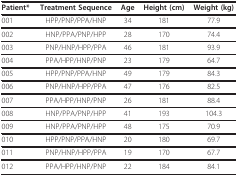
<table><thead><tr><td><b>Patient*</b></td><td><b>Treatment Sequence</b></td><td><b>Age</b></td><td><b>Height (cm)</b></td><td><b>Weight (kg)</b></td></tr></thead><tbody><tr><td>001</td><td>HPP/PNP/PPA/HNP</td><td>34</td><td>181</td><td>77.9</td></tr><tr><td>002</td><td>HNP/PPA/PNP/HPP</td><td>28</td><td>170</td><td>74.4</td></tr><tr><td>003</td><td>PNP/HNP/HPP/PPA</td><td>46</td><td>181</td><td>93.9</td></tr><tr><td>004</td><td>PPA/HPP/HNP/PNP</td><td>23</td><td>179</td><td>64.7</td></tr><tr><td>005</td><td>HPP/PNP/PPA/HNP</td><td>49</td><td>179</td><td>84.3</td></tr><tr><td>006</td><td>PNP/HNP/HPP/PPA</td><td>47</td><td>176</td><td>82.5</td></tr><tr><td>007</td><td>PPA/HPP/HNP/PNP</td><td>26</td><td>181</td><td>88.4</td></tr><tr><td>008</td><td>HNP/PPA/PNP/HPP</td><td>41</td><td>193</td><td>104.3</td></tr><tr><td>009</td><td>HNP/PPA/PNP/HPP</td><td>48</td><td>175</td><td>70.9</td></tr><tr><td>010</td><td>HPP/PNP/PPA/HNP</td><td>20</td><td>180</td><td>69.7</td></tr><tr><td>011</td><td>PNP/HNP/HPP/PPA</td><td>19</td><td>170</td><td>67.7</td></tr><tr><td>012</td><td>PPA/HPP/HNP/PNP</td><td>22</td><td>184</td><td>84.1</td></tr></tbody></table>